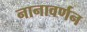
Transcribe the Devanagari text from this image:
नानावर्णन